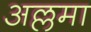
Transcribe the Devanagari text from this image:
अल्लमा